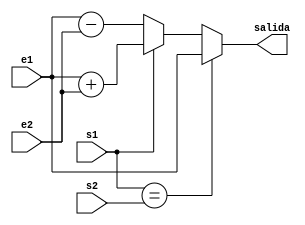
module sumres #(parameter WIDTH = 8) (input wire [WIDTH-1:0] e1, e2,
                                      input wire s1, s2,
                                      output wire [WIDTH-1:0] salida);

    reg [WIDTH-1:0] data;

    always @(e1, e2, s1, s2)
        if (s1 == s2)
            data = e1;
        else
            data = (s1 ? e1 + e2 : e1 - e2);

    assign salida = data;

endmodule